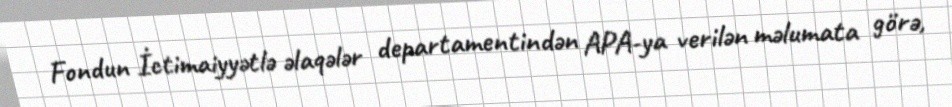
Fondun İctimaiyyətlə əlaqələr departamentindən APA-ya verilən məlumata görə,